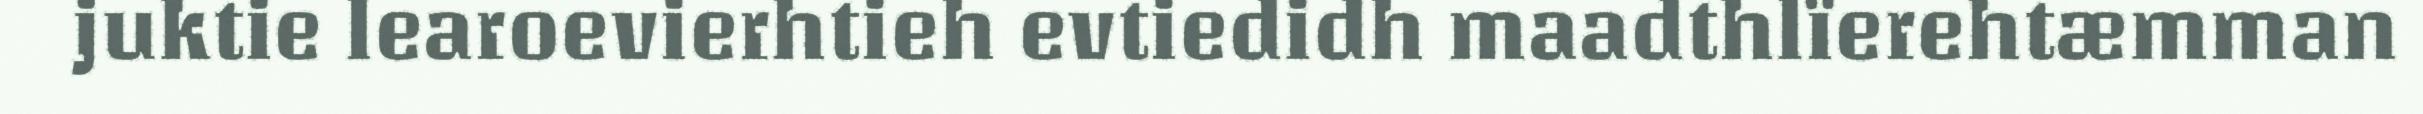
juktie learoevierhtieh evtiedidh maadthlïerehtæmman